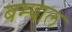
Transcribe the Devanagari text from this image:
बम्पाल